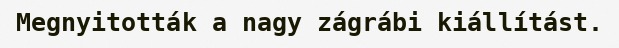
Megnyitották a nagy zágrábi kiállítást.